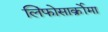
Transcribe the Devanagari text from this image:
लिंफोसार्क्रोमा